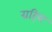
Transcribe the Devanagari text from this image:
ग्रहिय